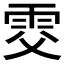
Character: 𩂎